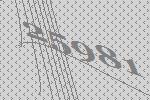
25981